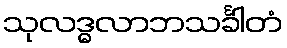
သုလဒ္ဓလာဘသင်္ခါတံ